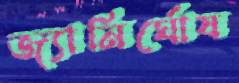
জ্যানির্ঘোষ